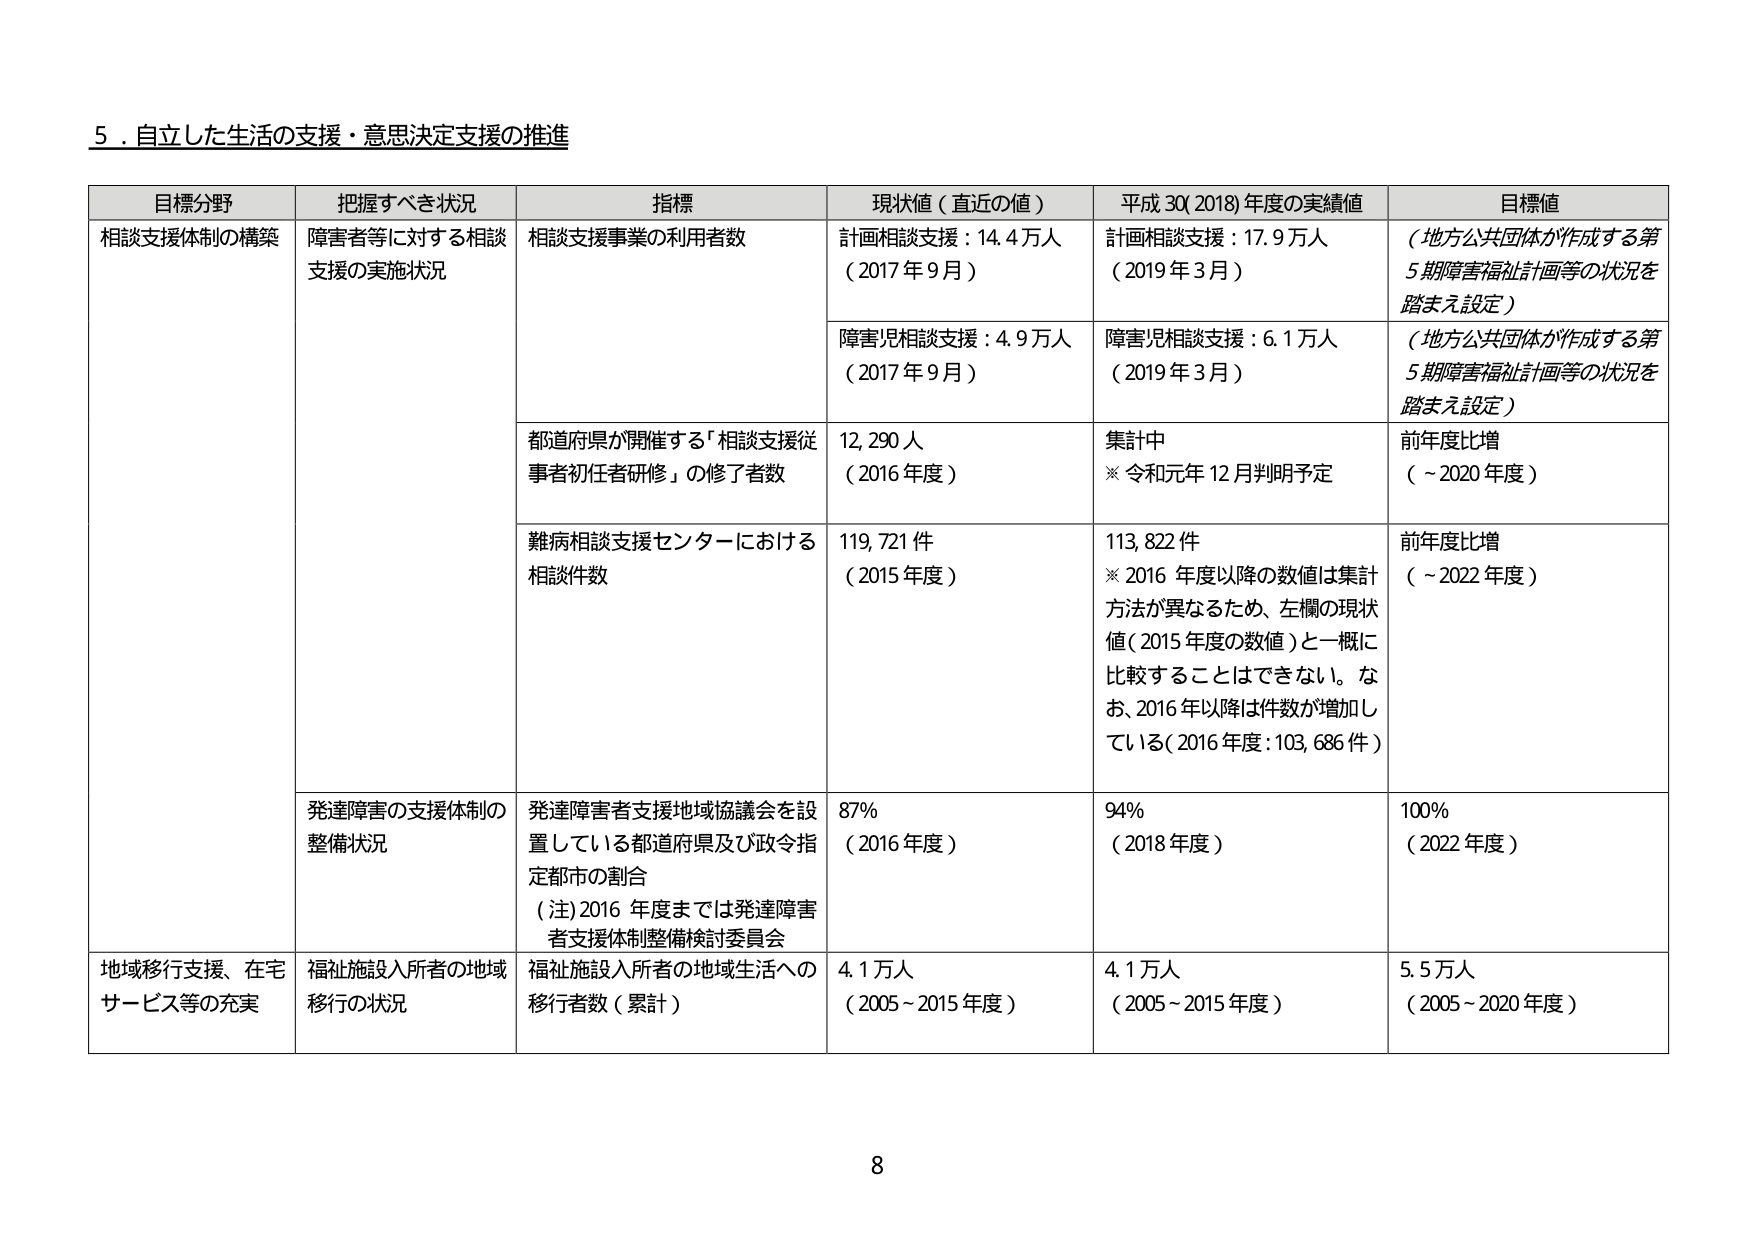
5．自立した生活の支援・意思決定支援の推進

目標分野	把握すべき状況	指標	現状値（直近の値）	平成30(2018)年度の実績値	目標値
相談支援体制の構築	障害者等に対する相談支援の実施状況	相談支援事業の利用者数	計画相談支援：14.4万人（2017年9月）	計画相談支援：17.9万人（2019年3月）	（地方公共団体が作成する第5期障害福祉計画等の状況を踏まえ設定）
		障害児相談支援：4.9万人（2017年9月）	障害児相談支援：6.1万人（2019年3月）	（地方公共団体が作成する第5期障害福祉計画等の状況を踏まえ設定）
		都道府県が開催する「相談支援従事者初任者研修」の修了者数	12,290人（2016年度）	集計中※令和元年12月判明予定	前年度比増（～2020年度）
		難病相談支援センターにおける相談件数	119,721件（2015年度）	113,822件※2016年度以降の数値は集計方法が異なるため、左欄の現状値（2015年度の数値）と一概に比較することはできない。なお、2016年以降は件数が増加している（2016年度：103,686件）	前年度比増（～2022年度）
		発達障害の支援体制の整備状況	発達障害者支援地域協議会を設置している都道府県及び政令指定都市の割合（注）2016年度までは発達障害者支援体制整備検討委員会	87%（2016年度）	94%（2018年度）	100%（2022年度）
地域移行支援、在宅サービス等の充実	福祉施設入所者の地域移行の状況	福祉施設入所者の地域生活への移行者数（累計）	4.1万人（2005～2015年度）	4.1万人（2005～2015年度）	5.5万人（2005～2020年度）

8